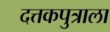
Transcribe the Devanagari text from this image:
दत्तकपुत्राला